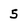
Character: 5